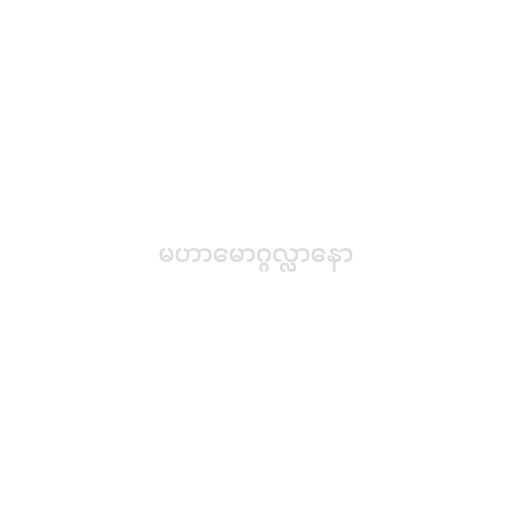
မဟာမောဂ္ဂလ္လာနော